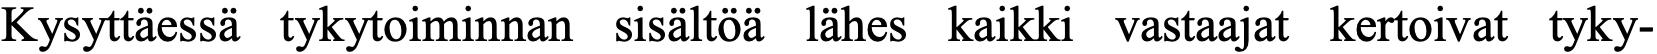
Kysyttäessä tykytoiminnan sisältöä lähes kaikki vastaajat kertoivat tyky-